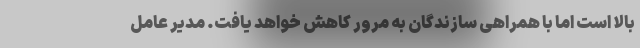
بالا است اما با همراهی سازندگان به مرور کاهش خواهد یافت. مدیر عامل